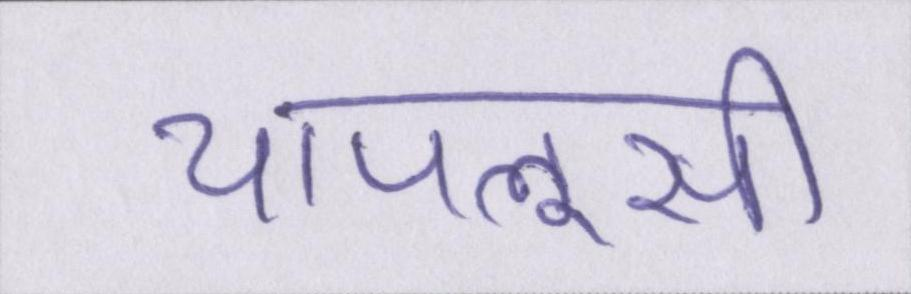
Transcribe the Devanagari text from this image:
चापलूसी